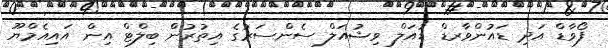
ފޯވާޑް އަދި ޑައުންވާރޑް ޑުއަލް ވިޝުއަލް ސެންސަރުގެ އިތުރުންް ބިލްޓް އިން އައިއެމްޔޫ